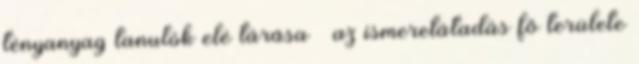
tényanyag tanulók elé tárása – az ismeretátadás fő területe